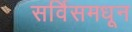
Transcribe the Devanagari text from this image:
सर्विसमधून